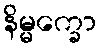
နိမ္မက္ခော